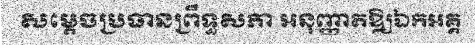
សម្តេចប្រធានព្រឹទ្ធសភា អនុញ្ញាតឱ្យឯកអគ្គ